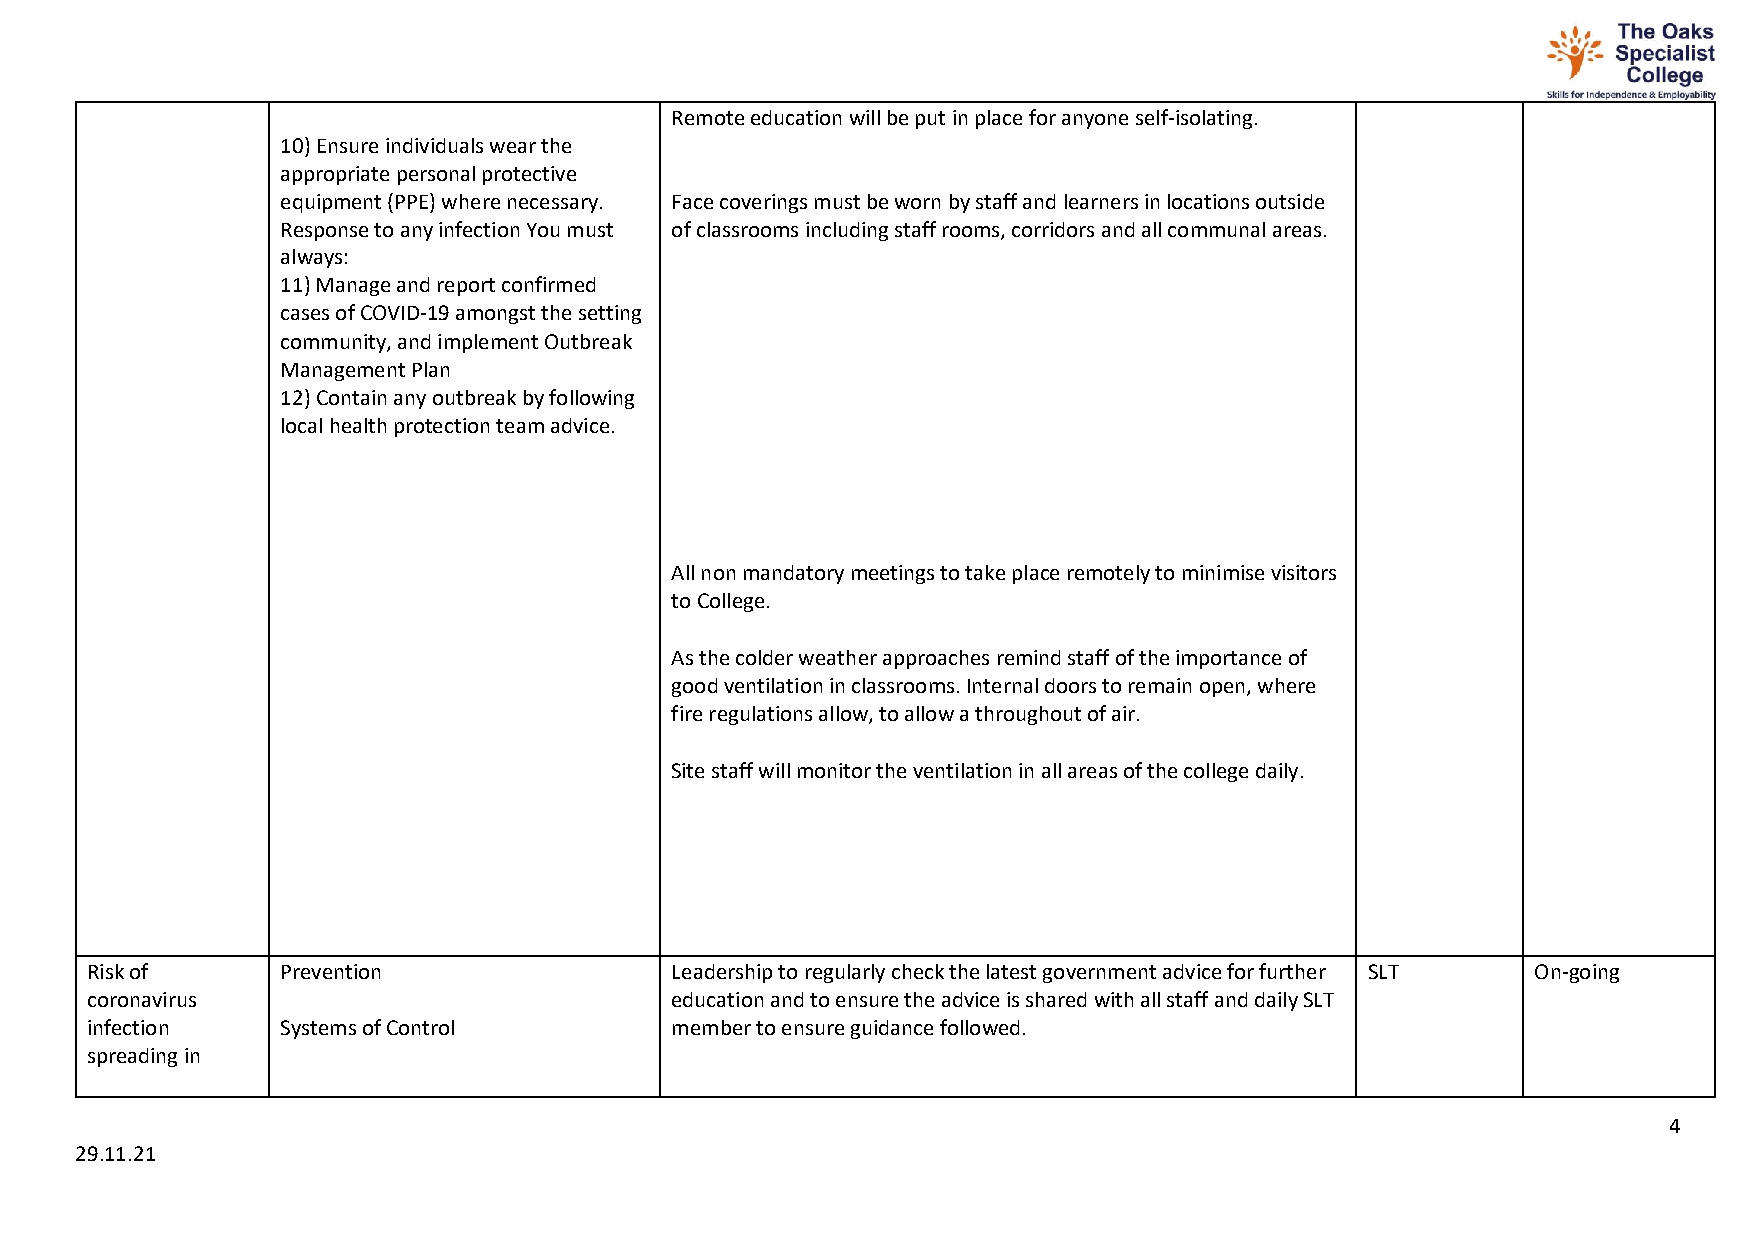
Remote education will be put in place for anyone self-isolating.
 10) Ensure individuals wear the
 appropriate personal protective
 equipment (PPE) where necessary. Face coverings must be worn by staff and learners in locations outside
 Response to any infection You must of classrooms including staff rooms, corridors and all communal areas.
 always:
 11) Manage and report confirmed
 cases of COVID-19 amongst the setting
 community, and implement Outbreak
 Management Plan
 12) Contain any outbreak by following
 local health protection team advice.
 All non mandatory meetings to take place remotely to minimise visitors
 to College.
 As the colder weather approaches remind staff of the importance of
 good ventilation in classrooms. Internal doors to remain open, where
 fire regulations allow, to allow a throughout of air.
 Site staff will monitor the ventilation in all areas of the college daily.
 Risk of      Prevention               Leadership to regularly check the latest government advice for further SLT On-going
 coronavirus                           education and to ensure the advice is shared with all staff and daily SLT
 infection    Systems of Control       member to ensure guidance followed.
 spreading in
 4
 29.11.21